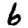
Digit: 6